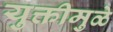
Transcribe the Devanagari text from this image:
युक्तीमुळे